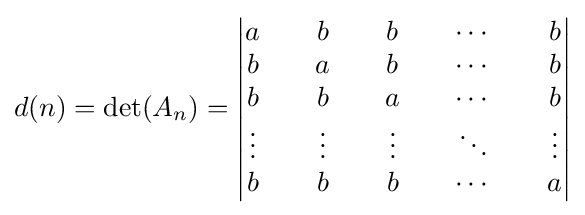
d(n)=\det(A_{n})={\begin{vmatrix}a&&b&&b&&\cdots &&b\\b&&a&&b&&\cdots &&b\\b&&b&&a&&\cdots &&b\\\vdots &&\vdots &&\vdots &&\ddots &&\vdots \\b&&b&&b&&\cdots &&a\end{vmatrix}}